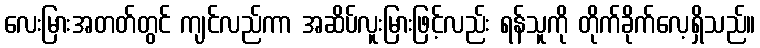
လေးမြားအတတ်တွင် ကျင်လည်ကာ အဆိပ်လူးမြားဖြင့်လည်း ရန်သူကို တိုက်ခိုက်လေ့ရှိသည်။